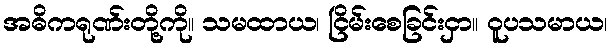
အဓိကရုဏ်းတို့ကို။ သမထာယ၊ ငြိမ်းစေခြင်းငှာ။ ဝူပသမာယ၊